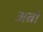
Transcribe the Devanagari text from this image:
अर्ब्रा